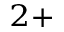
^ { 2 + }